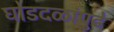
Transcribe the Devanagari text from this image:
घोडदळांपुढे